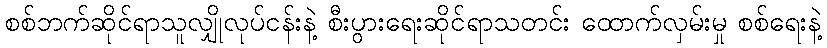
စစ်ဘက်ဆိုင်ရာသူလျှိုလုပ်ငန်းနဲ့ စီးပွားရေးဆိုင်ရာသတင်း ထောက်လှမ်းမှု စစ်ရေးနဲ့